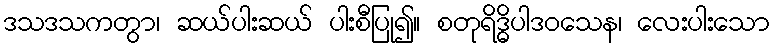
ဒသဒသကတွာ၊ ဆယ်ပါးဆယ် ပါးစီပြု၍။ စတုရိဒ္ဓိပါဒဝသေန၊ လေးပါးသော